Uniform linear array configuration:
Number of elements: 8
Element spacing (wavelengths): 0.25
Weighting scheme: blackman
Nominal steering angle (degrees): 60
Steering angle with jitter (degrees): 61.698
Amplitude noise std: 0.05
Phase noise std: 0.05

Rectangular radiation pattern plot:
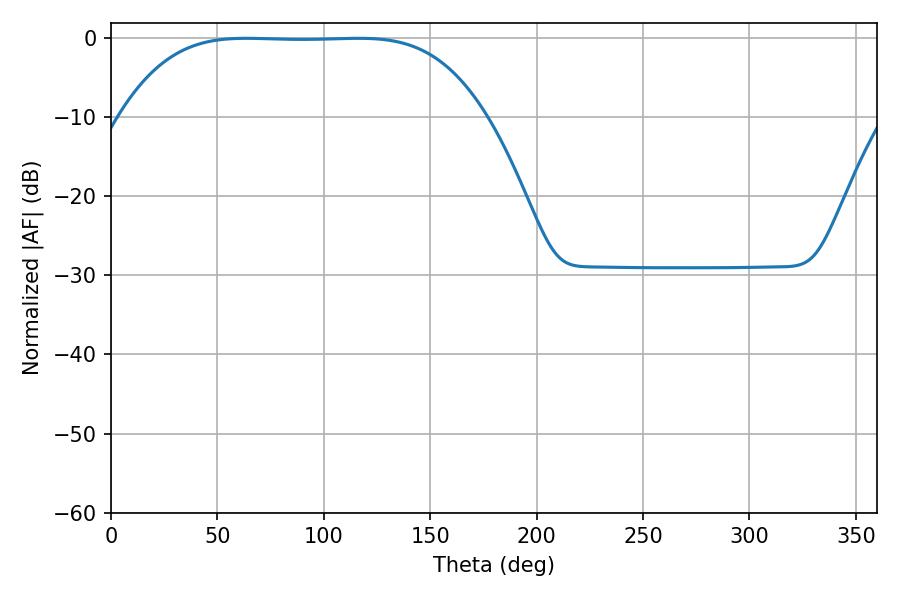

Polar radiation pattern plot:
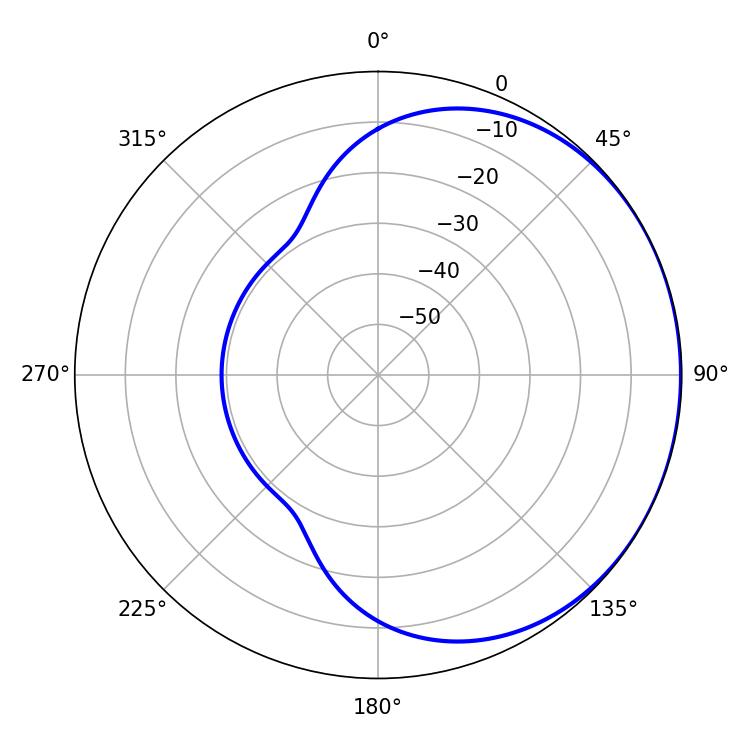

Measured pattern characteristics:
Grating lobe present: FALSE
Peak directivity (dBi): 0.6195
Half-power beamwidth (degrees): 130.32
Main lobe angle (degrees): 63.72